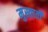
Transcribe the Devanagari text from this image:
मुस्ताती